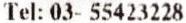
TEL: 03- 55423228